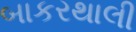
બાકરથાલી